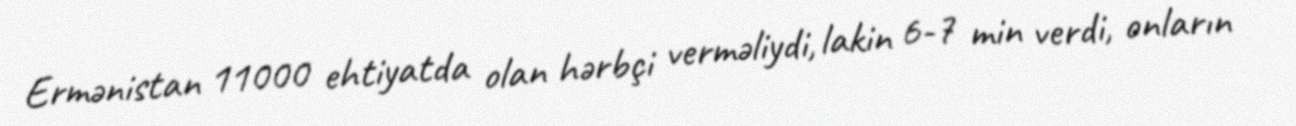
Ermənistan 11000 ehtiyatda olan hərbçi verməliydi, lakin 6-7 min verdi, onların